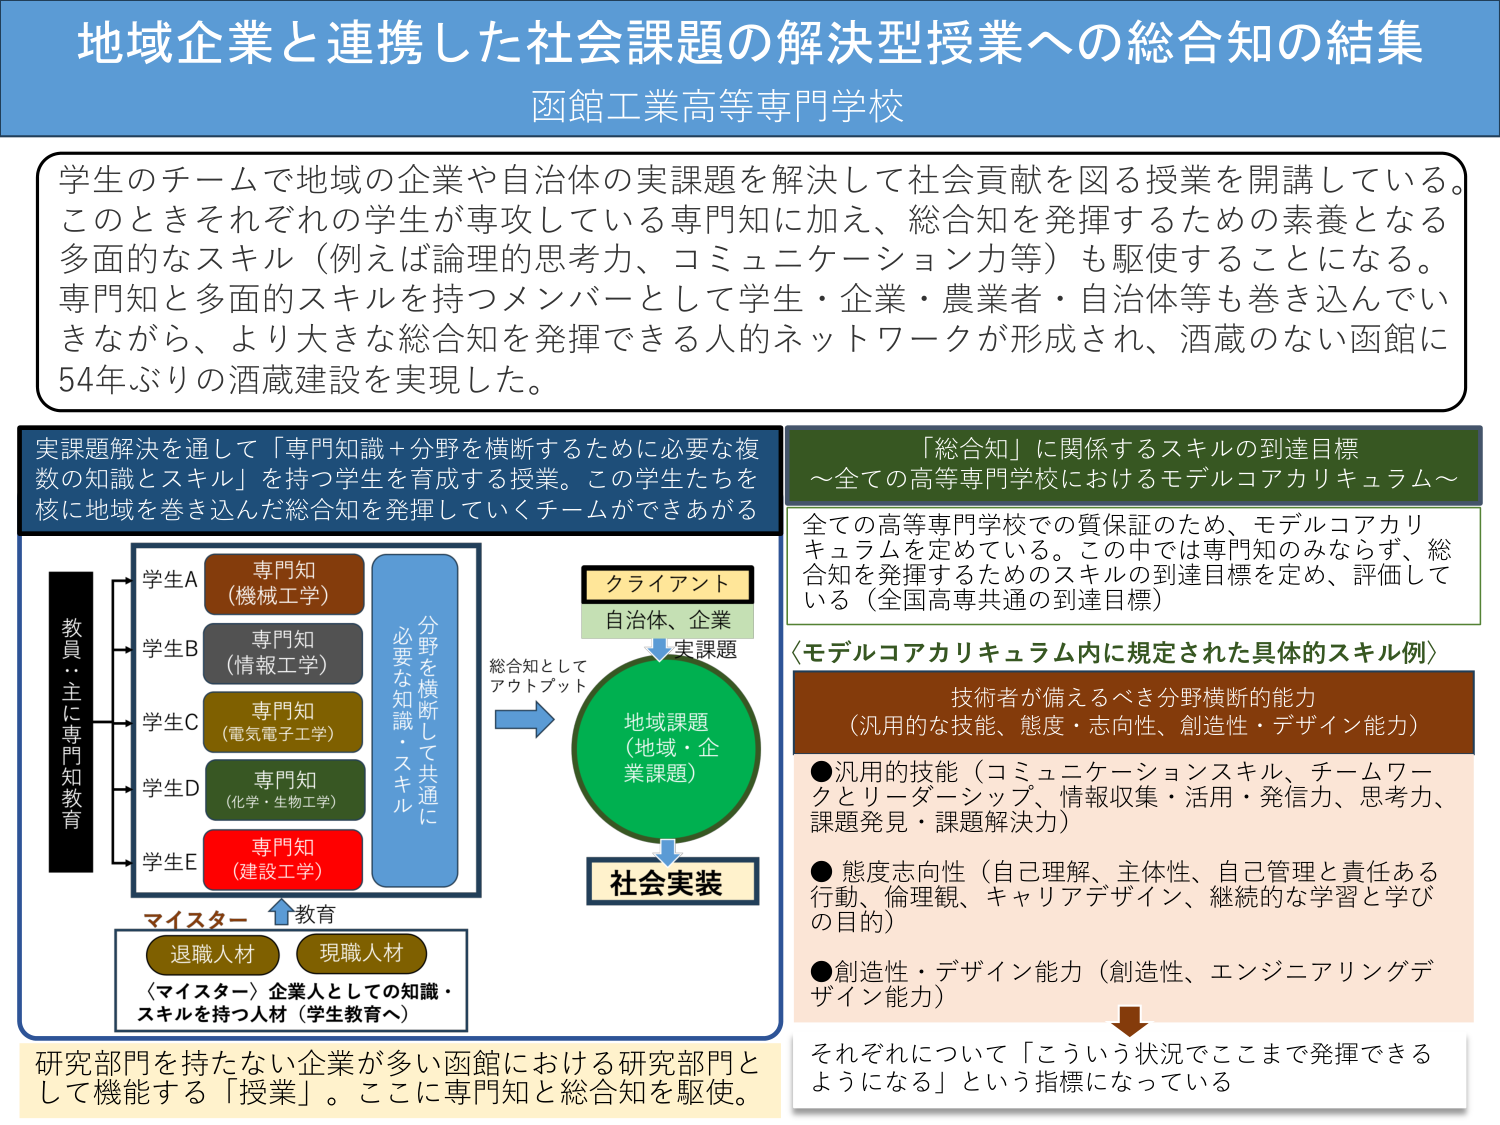
地域企業と連携した社会課題の解決型授業への総合知の結集
函館工業高等専門学校

学生のチームで地域の企業や自治体の実課題を解決して社会貢献を図る授業を開講している。
このときそれぞれの学生が専攻している専門知に加え、総合知を発揮するための素養となる
多面的なスキル（例えば論理的思考力、コミュニケーション力等）も駆使することになる。
専門知と多面的スキルを持つメンバーとして学生・企業・農業者・自治体等も巻き込んでい
きながら、より大きな総合知を発揮できる人的ネットワークが形成され、酒蔵のない函館に
54年ぶりの酒蔵建設を実現した。

実課題解決を通して「専門知識＋分野を横断するために必要な複数の知識とスキル」を持つ学生を育成する授業。この学生たちを
核に地域を巻き込んだ総合知を発揮していくチームができあがる

教員…主に専門知教育
学生A 専門知（機械工学）
学生B 専門知（情報工学）
学生C 専門知（電気電子工学）
学生D 専門知（化学・生物工学）
学生E 専門知（建設工学）
必要な知識・スキル
分野を横断して共通に
総合知としてアウトプット
地域課題（地域・企業課題）
クライアント
自治体、企業
実課題
社会実装
マイスター教育
退職人材 現職人材
〈マイスター〉企業人としての知識・スキルを持つ人材（学生教育へ）
研究部門を持たない企業が多い函館における研究部門として機能する「授業」。ここに専門知と総合知を駆使。

「総合知」に関係するスキルの到達目標
～全ての高等専門学校におけるモデルコアカリキュラム～
全ての高等専門学校での質保証のため、モデルコアカリキュラムを定めている。この中では専門知のみならず、総合知を発揮するためのスキルの到達目標を定め、評価して いる（全国高専共通の到達目標）

〈モデルコアカリキュラム内に規定された具体的スキル例〉
技術者が備えるべき分野横断的能力
（汎用的な技能、態度・志向性、創造性・デザイン能力）
●汎用的技能（コミュニケーションスキル、チームワークとリーダーシップ、情報収集・活用・発信力、思考力、課題発見・課題解決力）
●態度志向性（自己理解、主体性、自己管理と責任ある行動、倫理観、キャリアデザイン、継続的な学習と学びの目的）
●創造性・デザイン能力（創造性、エンジニアリングデザイン能力）
それぞれについて「こういう状況でここまで発揮できるようになる」という指標になっている